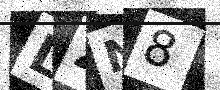
Text: LZN8